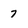
Character: 7